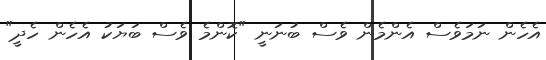
އެހެން ނަމަވެސް އެންމެން ވެސް ބުނަނީ "ކޮންމެ ވެސް ބަޔަކު އެހެން ހެދީ"